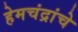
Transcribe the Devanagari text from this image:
हेमचंद्रांचे